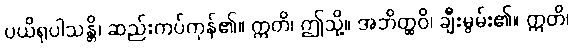
ပယိရုပါသန္တိ၊ ဆည်းကပ်ကုန်၏။ ဣတိ၊ ဤသို့။ အဘိတ္ထဝိ၊ ချီးမွမ်း၏။ ဣတိ၊